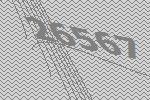
26567